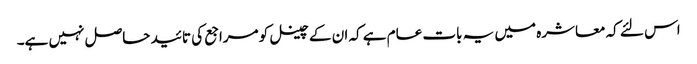
اس لئے کہ معاشرہ میں یہ بات عام ہے کہ ان کے چینل کو مراجع کی تائید حاصل نہیں ہے۔